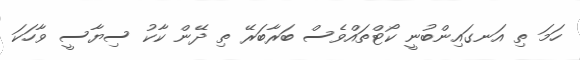
ހަމަ ތި އަނގައިންބުނީ ކޯޓްތައްވެސް ބަރާބަރޭ ތި ދޭން ކާކު ސިޔާސީ ވާހަކަ